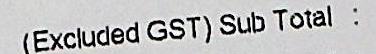
(EXCLUDED GST) SUB TOTAL: